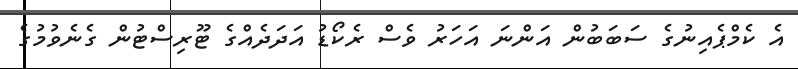
އެ ކެމްޕެއިނުގެ ސަބަބުން އަންނަ އަހަރު ވެސް ރެކޯޑު އަދަދެއްގެ ޓޫރިސްޓުން ގެނެވުމުގެ